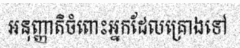
អនុញ្ញាតិចំពោះអ្នកដែលគ្រោងទៅ